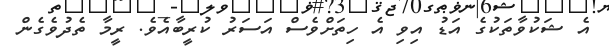
އެ ޝަކުވާތަކުގެ އަޑު އިވި އެ ހިތަށްވެސް އަސަރު ކުރީބާއެވެ. ރީމާ ތެދުވެގެން